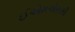
ઈએમએસસી